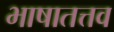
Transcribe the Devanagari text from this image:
भाषातत्तव